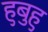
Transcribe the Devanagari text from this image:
हुबुहु